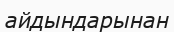
айдындарынан